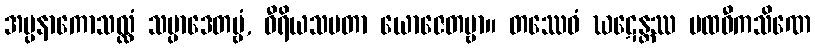
အပ္ပနာကောသလ္လံ သမ္ပာဒေတဗ္ဗံ, ဝီရိယသမတာ ယောဇေတဗ္ဗာ။ တဿေဝံ ဃဋေန္တဿ ပထဝီကသိဏေ